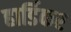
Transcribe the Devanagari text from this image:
हार्डिकर